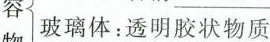
容 玻璃体：透明胶状物质